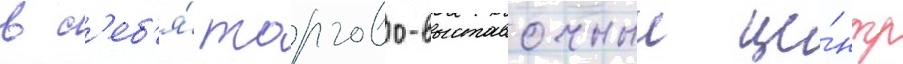
в с'еб'я́ торгово-выставочныи це́нтр